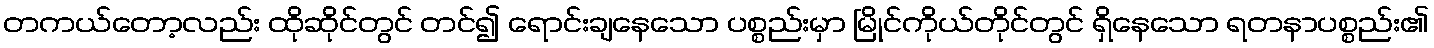
တကယ်တော့လည်း ထိုဆိုင်တွင် တင်၍ ရောင်းချနေသော ပစ္စည်းမှာ မြိုင်ကိုယ်တိုင်တွင် ရှိနေသော ရတနာပစ္စည်း၏